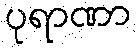
ပုရာဏာ